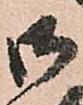
御